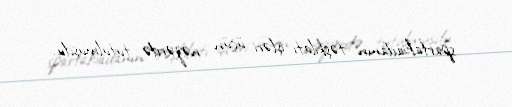
spartakiadanın təşkilatı işləri üçün nəzərdə tutulmuşdu.